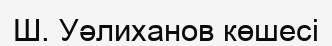
Ш. Уәлиханов көшесі